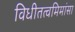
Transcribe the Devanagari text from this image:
विधीतत्वमिमांसा